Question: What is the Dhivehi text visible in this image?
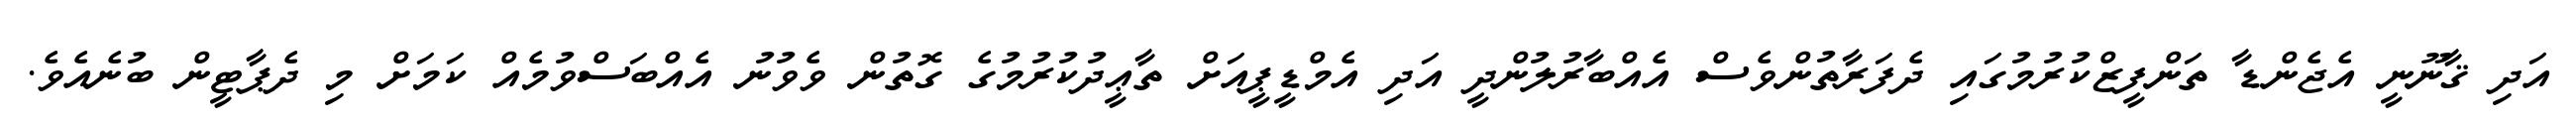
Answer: އަދި ޤާނޫނީ އެޖެންޑާ ތަންފީޒްކުރުމުގައި ދެފަރާތުންވެސް އެއްބާރުލުންދީ އަދި އެމްޑީޕީއަށް ތާޢީދުކުރުމުގެ ގޮތުން ވެވުނު އެއްބަސްވުމެއް ކަމަށް މި ދެޕާޓީން ބުނެއެވެ.